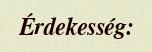
Érdekesség: